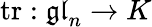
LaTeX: \operatorname{tr}:{\mathfrak{gl}}_{n}\to K